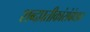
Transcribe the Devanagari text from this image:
शब्दप्रतीकांसंबंधात